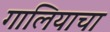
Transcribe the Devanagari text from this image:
गालियाचा